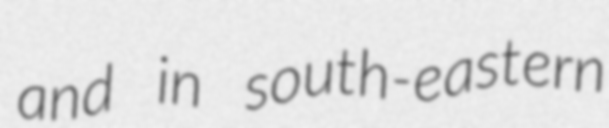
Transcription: and in south-eastern